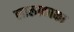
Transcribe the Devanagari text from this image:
लालाकाका